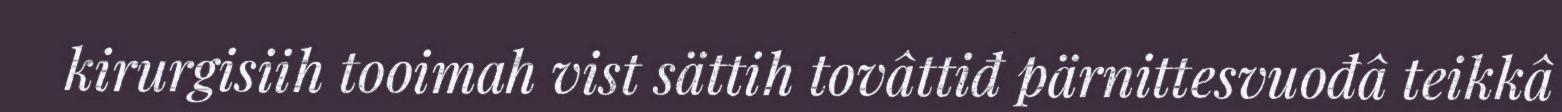
kirurgisiih tooimah vist sättih tovâttiđ pärnittesvuođâ teikkâ